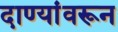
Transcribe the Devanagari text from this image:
दाण्यांवरून